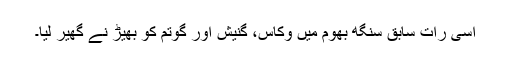
اسی رات سابق سنگھ بھوم میں وکاس، گنیش اور گوتم کو بھیڑ نے گھیر لیا۔